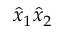
\hat { x } _ { 1 } \hat { x } _ { 2 }